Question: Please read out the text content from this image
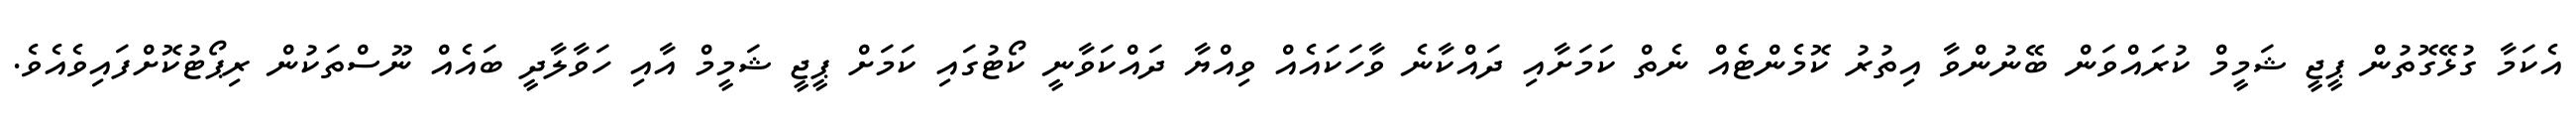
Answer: އެކަމާ ގުޅޭގޮތުން ޕީޖީ ޝަމީމް ކުރައްވަން ބޭނުންވާ އިތުރު ކޮމެންޓެއް ނެތް ކަމަށާއި ދައްކާނެ ވާހަކައެއް ވިއްޔާ ދައްކަވާނީ ކޯޓުގައި ކަމަށް ޕީޖީ ޝަމީމް އާއި ހަވާލާދީ ބައެއް ނޫސްތަކުން ރިޕޯޓުކޮށްފައިވެއެވެ.